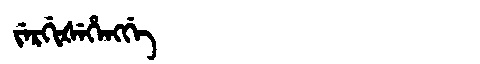
Manchu: ᠵᡝᡵᡤᡳᡧᡝᡥᡝᠩᡤᡝ
Romanization: JERGIŠEHENGGE